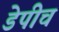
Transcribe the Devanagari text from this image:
डेपीच